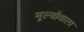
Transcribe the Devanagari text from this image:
मूल्योंवाला